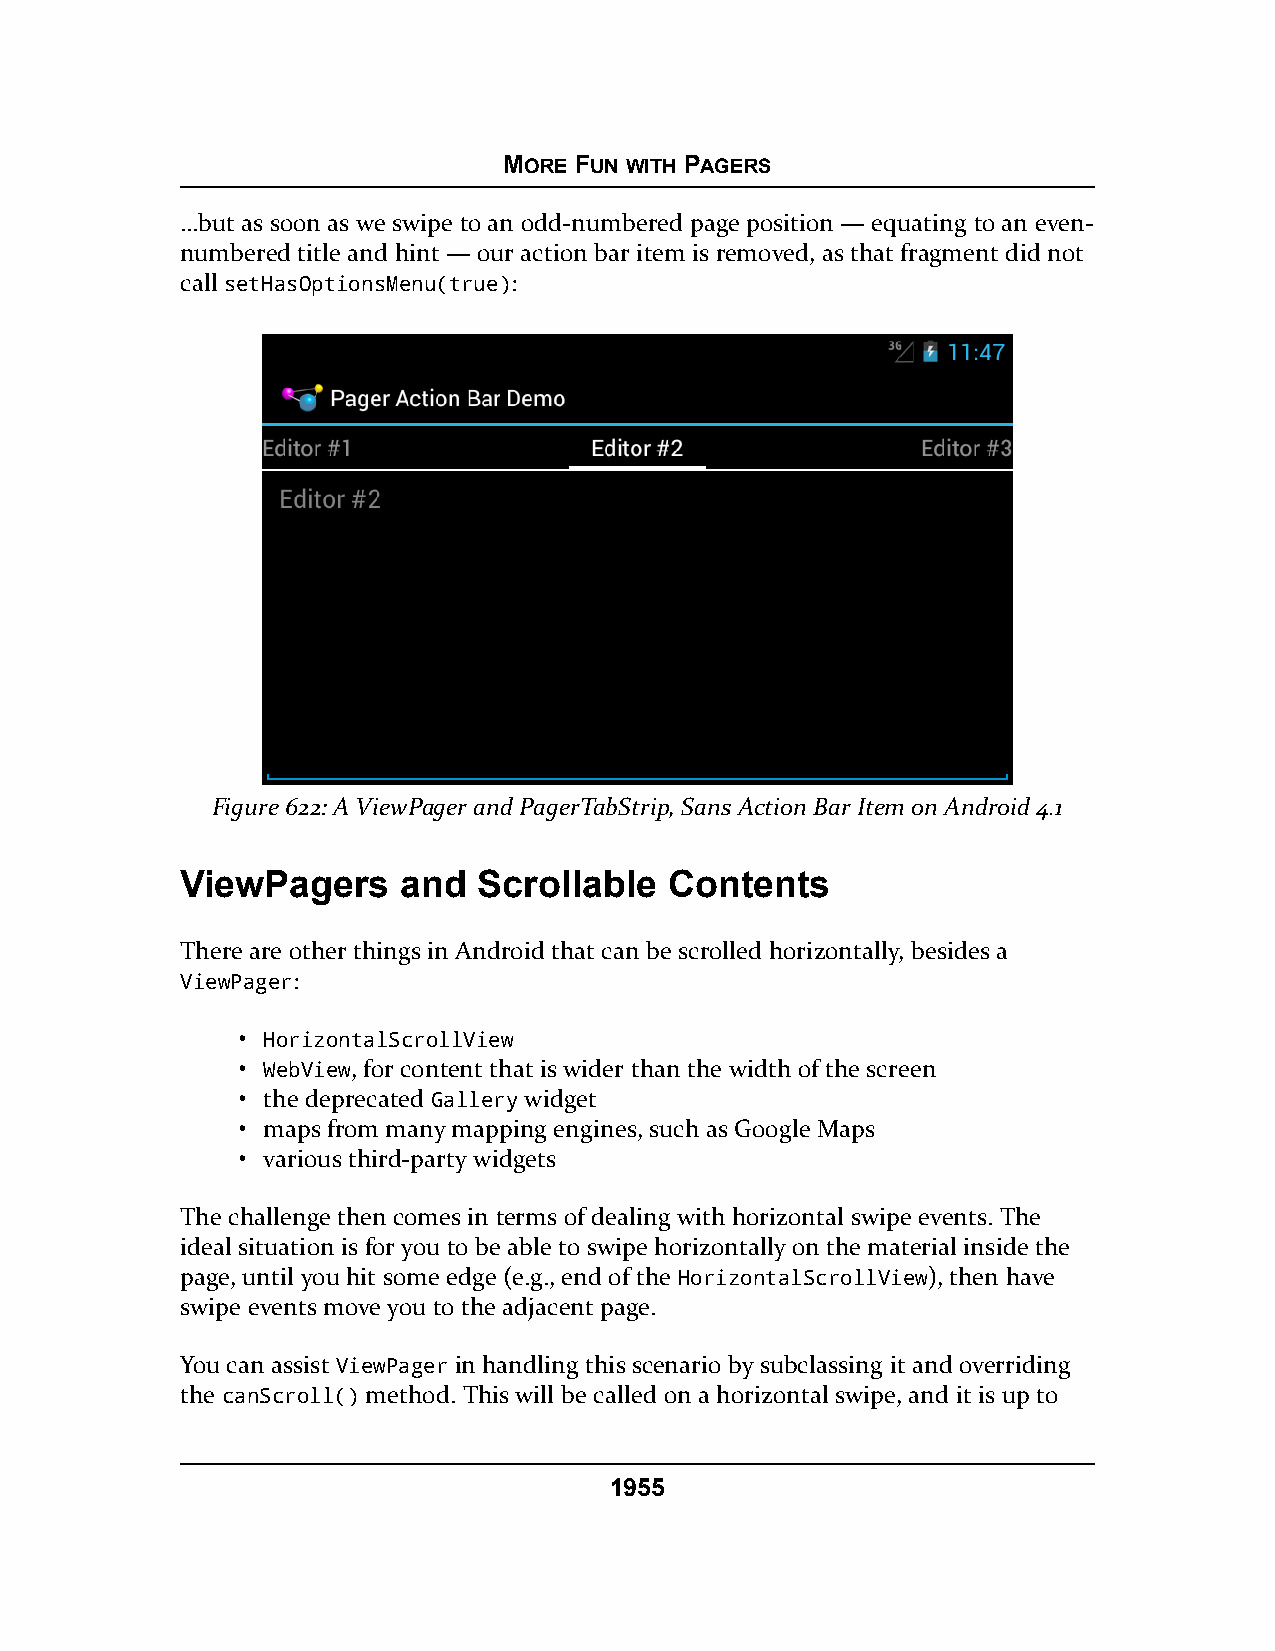
MORE FUN WITH PAGERS
 …but as soon as we swipe to an odd-numbered page position — equating to an even-
 numbered title and hint — our action bar item is removed, as that fragment did not
 call setHasOptionsMenu(true):
 Figure 622: A ViewPager and PagerTabStrip, Sans Action Bar Item on Android 4.1
 ViewPagers     and  Scrollable  Contents
 There are other things in Android that can be scrolled horizontally, besides a
 ViewPager:
 • HorizontalScrollView
 • WebView, for content that is wider than the width of the screen
 • the deprecated Gallery widget
 • maps from many mapping engines, such as Google Maps
 • various third-party widgets
 The challenge then comes in terms of dealing with horizontal swipe events. The
 ideal situation is for you to be able to swipe horizontally on the material inside the
 page, until you hit some edge (e.g., end of the HorizontalScrollView), then have
 swipe events move you to the adjacent page.
 You can assist ViewPager in handling this scenario by subclassing it and overriding
 the canScroll() method. This will be called on a horizontal swipe, and it is up to
 1955